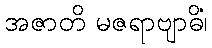
အဇာတိ မဇရာဗျာဓိံ၊